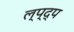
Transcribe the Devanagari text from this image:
ल्प्द्प